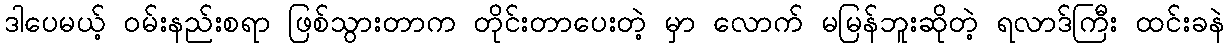
ဒါပေမယ့် ဝမ်းနည်းစရာ ဖြစ်သွားတာက တိုင်းတာပေးတဲ့ မှာ လောက် မမြန်ဘူးဆိုတဲ့ ရလာဒ်ကြီး ထင်းခနဲ